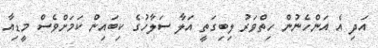
އަދި އެ އަންހެނުން ހިތްވަރު ލިބިގަތީ އަލާ ސަލާހުގެ ކިބައިން ކަމަށްވެސް މީޑިއާ